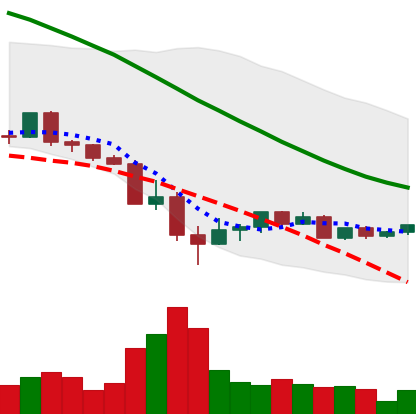
Ticker: LINK-USD
Chart end date: 2022-05-22
Forward return: -14.732%
Label: down_7plus